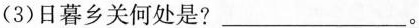
(3)日暮乡关何处是?___。